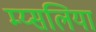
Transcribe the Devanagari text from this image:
म्य्सलिया